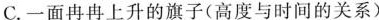
C. 一面冉冉上升的旗子(高度与时间的关系)